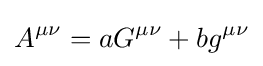
A^{\mu \nu }=aG^{\mu \nu }+bg^{\mu \nu }